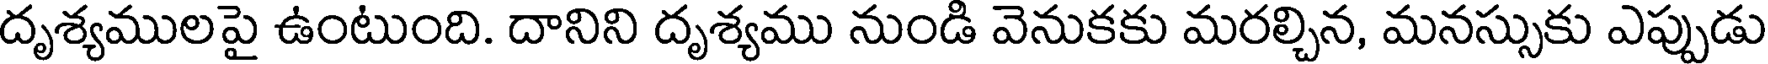
దృశ్యములపై ఉంటుంది. దానిని దృశ్యము నుండి వెనుకకు మరల్చిన, మనస్సుకు ఎప్పుడు